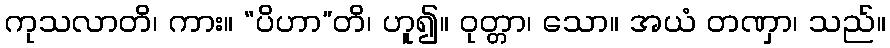
ကုသလာတိ၊ ကား။ “ပိဟာ”တိ၊ ဟူ၍။ ဝုတ္တာ၊ သော။ အယံ တဏှာ၊ သည်။